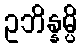
ဥဘိန္နမ္ပိ